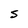
Character: S